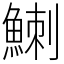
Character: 䱨